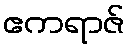
ဧကရာဇ်